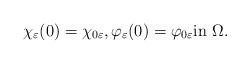
LaTeX: \begin{align*} \chi_{\varepsilon}(0) = \chi_{0\varepsilon}, \varphi_{\varepsilon}(0) = \varphi_{0\varepsilon} \textrm{in $\Omega$.}\end{align*}